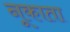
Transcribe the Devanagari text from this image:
नूकाता